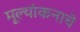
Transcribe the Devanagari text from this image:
मूल्यांकनाचे